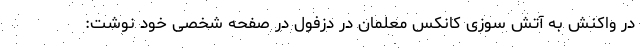
در واکنش به آتش سوزی کانکس معلمان در دزفول در صفحه شخصی خود نوشت: